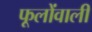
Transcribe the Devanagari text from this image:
फूलोंवाली